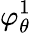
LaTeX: \varphi_{\theta}^{1}